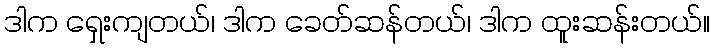
ဒါက ရှေးကျတယ်၊ ဒါက ခေတ်ဆန်တယ်၊ ဒါက ထူးဆန်းတယ်။